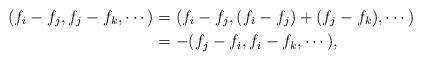
LaTeX: \begin{align*}(f_i-f_j,f_j-f_k,\cdots) &=(f_i-f_j,(f_i-f_j)+(f_j-f_k),\cdots)\\&=-(f_j-f_i,f_i-f_k,\cdots), \end{align*}